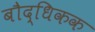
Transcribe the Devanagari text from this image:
बौद्धिकक